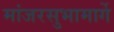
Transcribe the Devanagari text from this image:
मांजरसुभामार्गे